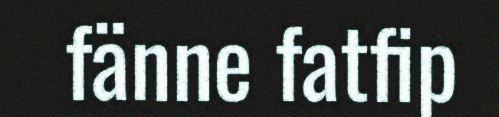
fänne fatfip